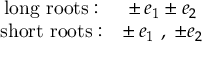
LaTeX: \begin{array} { c c } { { \mathrm { l o n g ~ r o o t s : } } } & { { \pm \, e _ { 1 } \pm e _ { 2 } } } \\ { { \mathrm { s h o r t ~ r o o t s : } } } & { { \pm \, e _ { 1 } ~ , \; \pm e _ { 2 } } } \end{array}